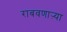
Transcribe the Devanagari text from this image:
राबवणाऱ्या